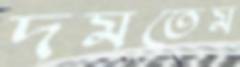
দমতেম